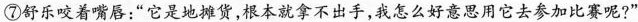
⑦舒乐咬着嘴唇：“它是地摊货，根本拿不出手，我怎么好意思用它去参加比赛呢?”